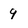
Character: 9